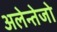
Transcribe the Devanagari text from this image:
अलेन्तेजो